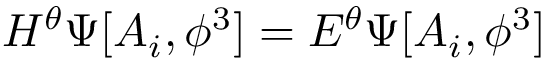
H ^ { \theta } \Psi [ A _ { i } , \phi ^ { 3 } ] = E ^ { \theta } \Psi [ A _ { i } , \phi ^ { 3 } ]